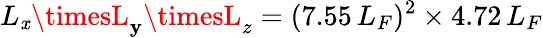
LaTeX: L_{\mathit{x}}\timesL_{\mathbf{y}}\timesL_{z}=(7.55\, L_{F})^{2}\times4.72\, L_{F}